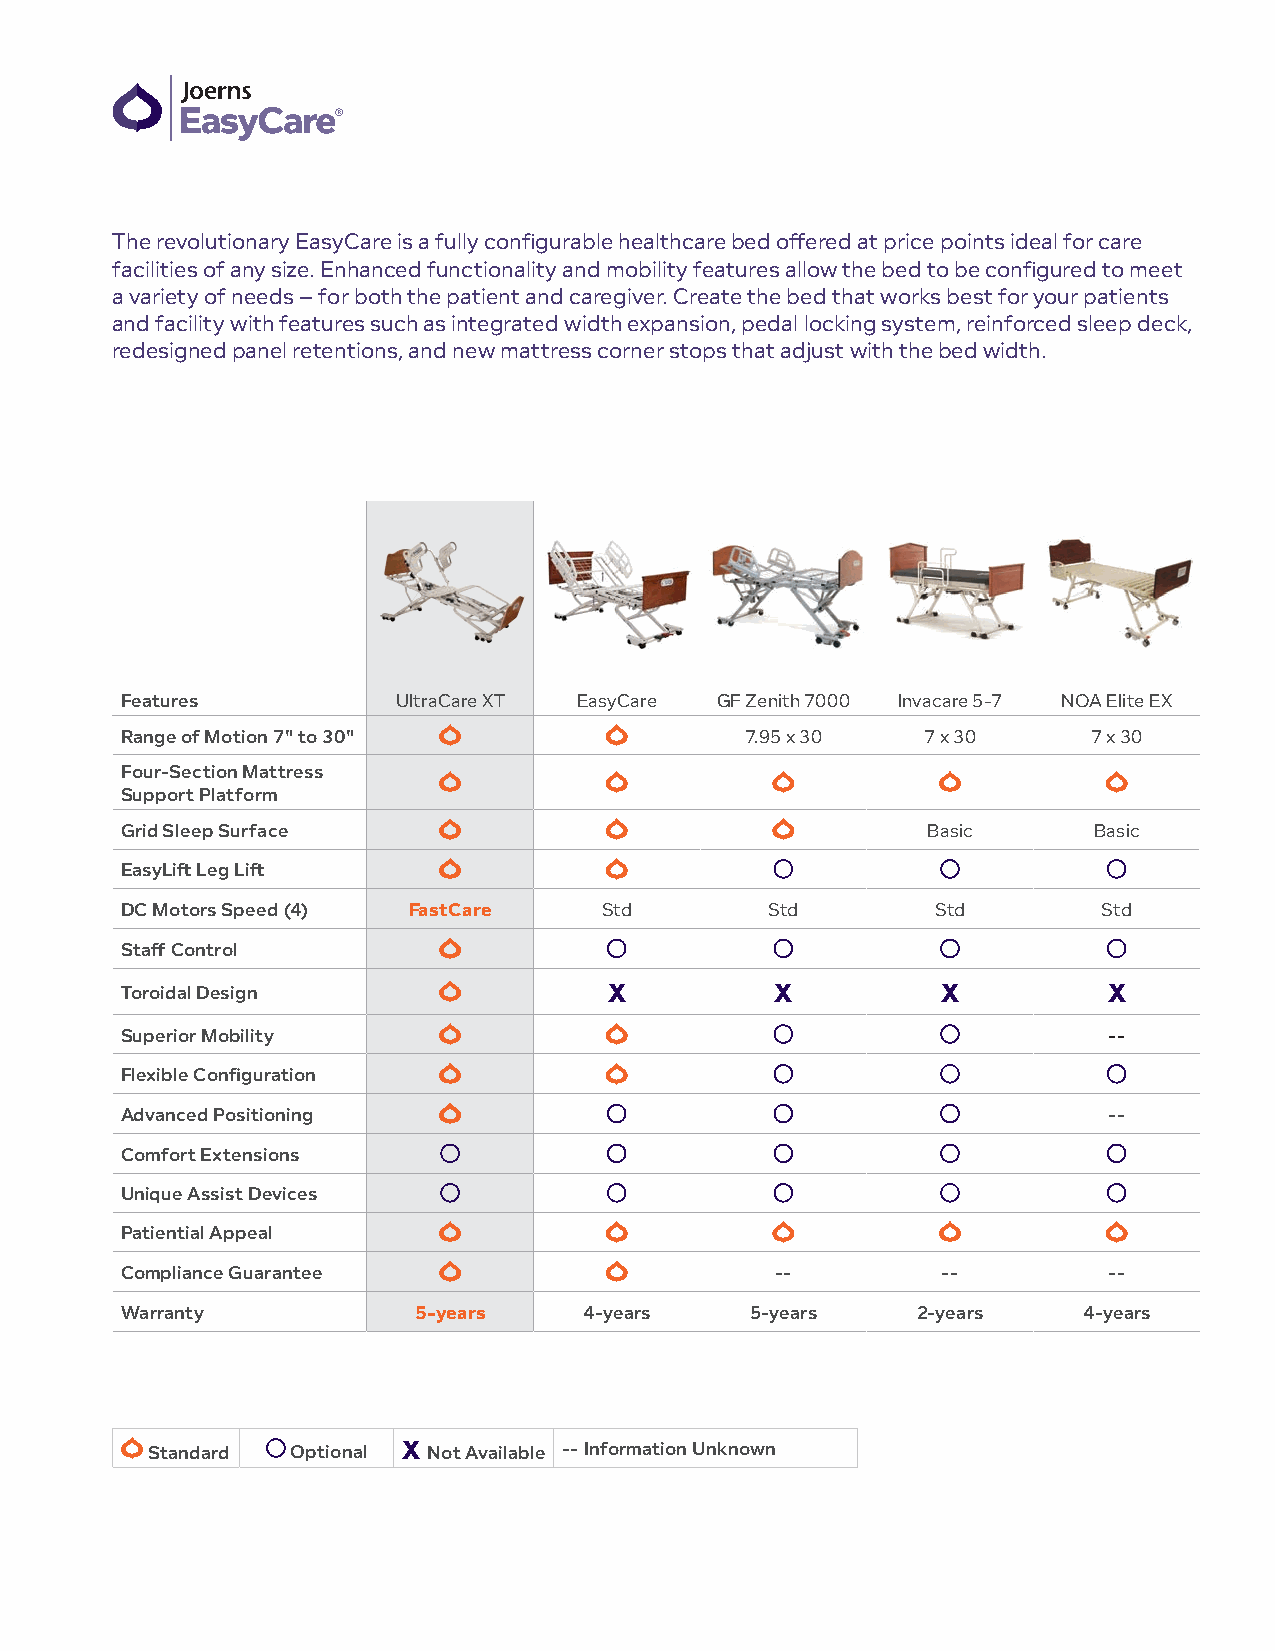
The revolutionary EasyCare is a fully configurable healthcare bed offered at price points ideal for care
 facilities of any size. Enhanced functionality and mobility features allow the bed to be configured to meet
 a variety of needs – for both the patient and caregiver. Create the bed that works best for your patients
 and facility with features such as integrated width expansion, pedal locking system, reinforced sleep deck,
 redesigned panel retentions, and new mattress corner stops that adjust with the bed width.
 Features          UltraCare XT EasyCare GF Zenith 7000 Invacare 5-7 NOA Elite EX
 Range of Motion 7" to 30"                7.95 x 30   7 x 30     7 x 30
 Four-Section Mattress
 Support Platform
 Grid Sleep Surface                                   Basic      Basic
 EasyLift Leg Lift
 DC Motors Speed (4) FastCare    Std        Std        Std        Std
 Staff Control
 Toroidal Design                 X          X          X          X
 Superior Mobility                                                --
 Flexible Configuration
 Advanced Positioning                                             --
 Comfort Extensions
 Unique Assist Devices
 Patiential Appeal
 Compliance Guarantee                       --         --         --
 Warranty           5-years     4-years    5-years    2-years    4-years
 Standard Optional X Not Available -- Information Unknown